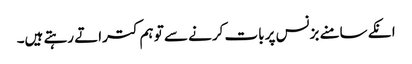
انکے سامنے بزنس پر بات کرنے سے تو ہم کتراتے رہتے ہیں۔